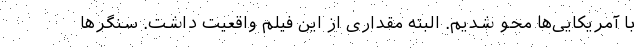
با آمریکایی‌ها محو شدیم. البته مقداری از این فیلم واقعیت داشت. سنگرها